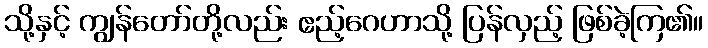
သို့နှင့် ကျွန်တော်တို့လည်း ဧည့်ဂေဟာသို့ ပြန်လှည့် ဖြစ်ခဲ့ကြ၏။